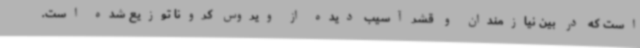
است که در بین نیازمندان و قشر آسیب دیده از ویروس کرونا توزیع شده است.